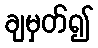
ချမှတ်၍